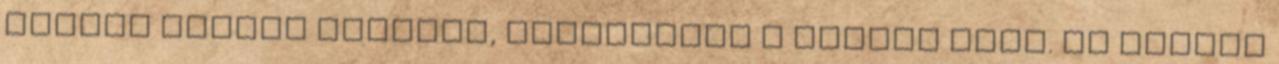
karibi térség tévedés, legfeljebb a délkör igaz. De valami